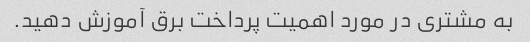
به مشتری در مورد اهمیت پرداخت برق آموزش دهید.